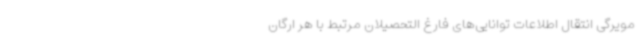
مویرگی انتقال اطلاعات توانایی‌های فارغ التحصیلان مرتبط با هر ارگان